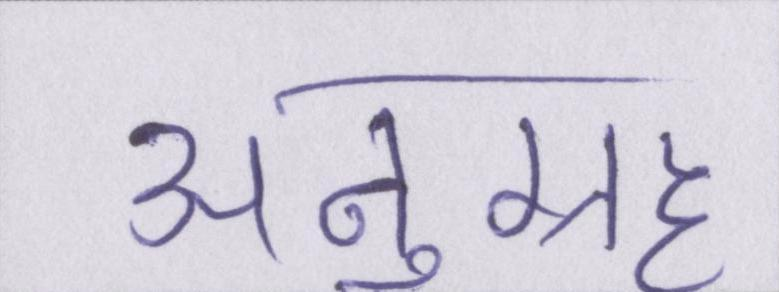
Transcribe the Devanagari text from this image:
अनुग्रह